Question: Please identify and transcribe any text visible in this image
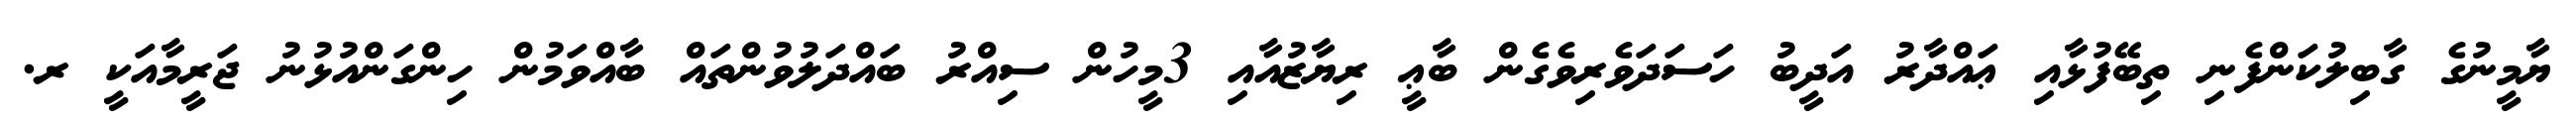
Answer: ޔާމީނުގެ ގާބިލުކަންފެނި ތިބޭފުޅާއި ޢައްދާރު އަދީބު ހަސަދަވެރިވެގެން ބާޢީ ރިޔާޒުއާއި 3މީހުން ސިއްރު ބައްދަލުވުންތައް ބާއްވަމުން ހިންގަންއުޅުނު ޖަރީމާއަކީ ރ.